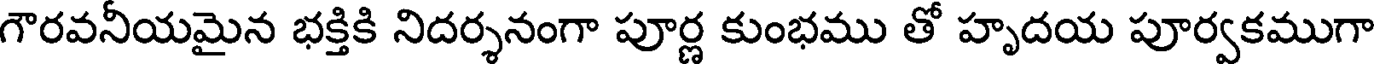
గౌరవనీయమైన భక్తికి నిదర్శనంగా పూర్ణ కుంభము తో హృదయ పూర్వకముగా